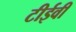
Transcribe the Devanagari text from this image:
टीईवी